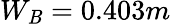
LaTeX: W_{\mathit{B}}=0.403m